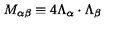
M _ { \alpha \beta } \equiv 4 \Lambda _ { \alpha } \cdot \Lambda _ { \beta }